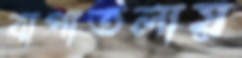
বাপাতলায়